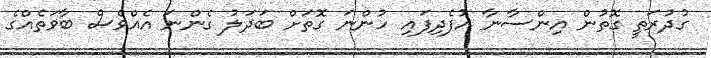
ގުދުރަތީ ގޮތުން އިންސާނާ އުފެދިފައި ހުންނަ ގޮތަށް ބަދަލު ގެންނަ އެއްވެސް ބާވަތެއްގެ